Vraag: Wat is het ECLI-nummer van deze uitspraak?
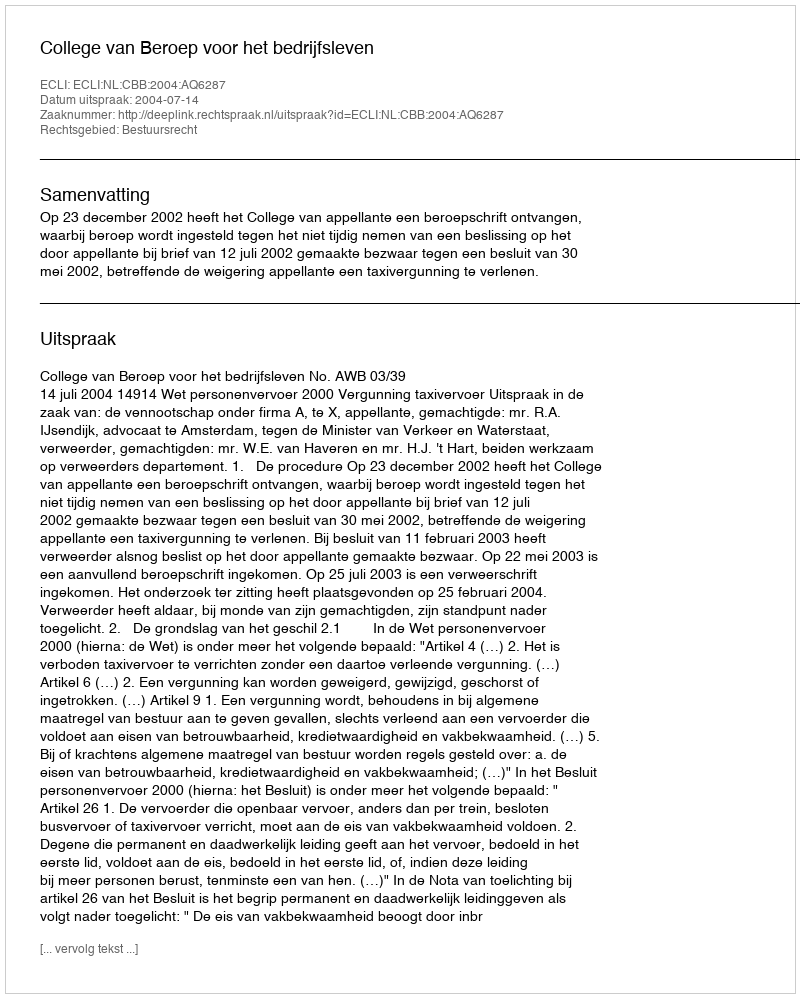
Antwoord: ECLI:NL:CBB:2004:AQ6287